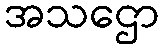
အသဌော